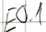
Text: E0.1